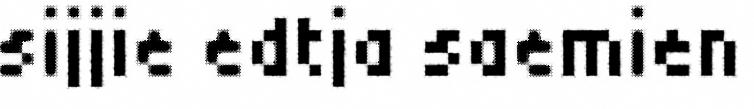
sijjie edtja saemien